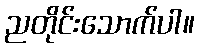
ညတိုင်းသောက်ပါ။